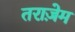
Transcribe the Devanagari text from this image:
तराज़ेम